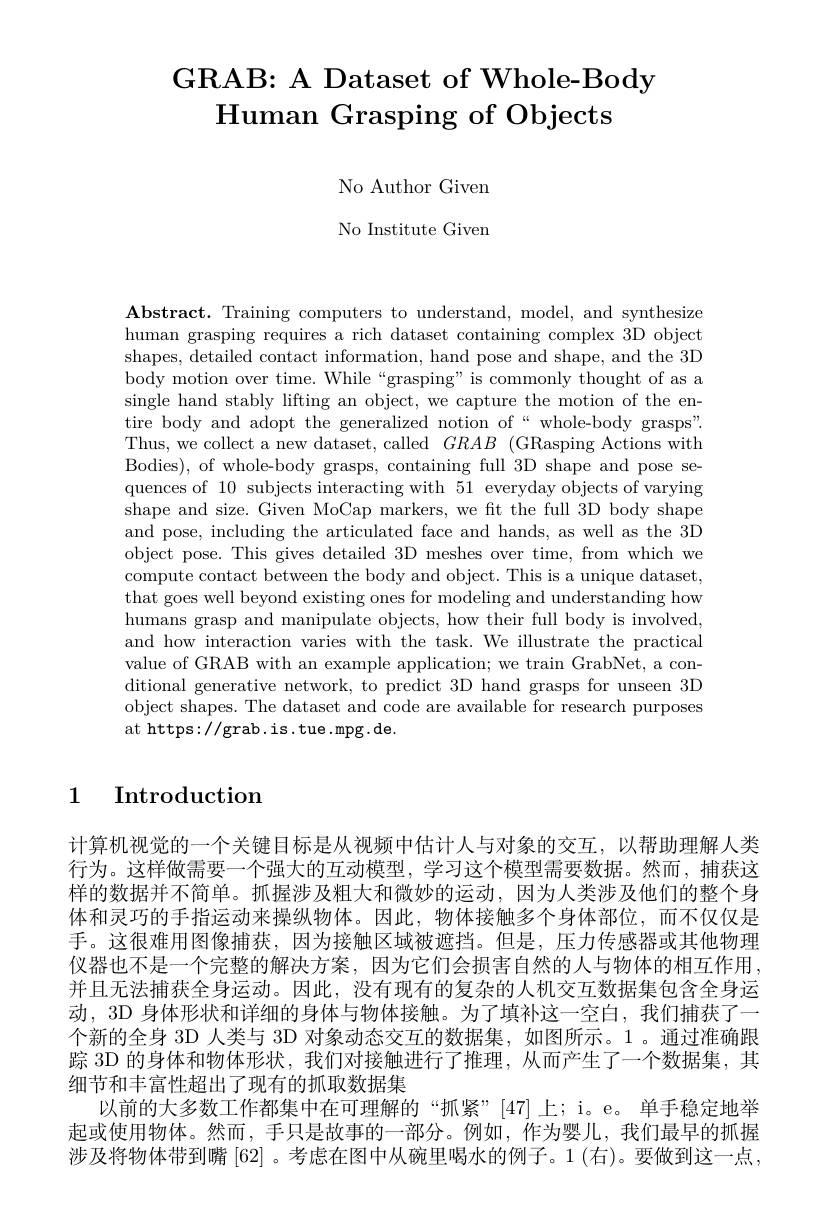
# GRAB: A Dataset of Whole-Body Human Grasping of Objects

No Author Given No Institute Given

$\mathbf{Abstract.~Training~computers~to~understand,~model,~and~synthesize}$ human grasping requires a rich dataset containing complex 3D object shapes, detailed contact information, hand pose and shape, and the 3D body motion over time. While“grasping” is commonly thought of as a single hand stably lifting an object, we capture the motion of the entire body and adopt the generalized notion of“whole-body grasps”. Thus, we collect a new dataset, called $GRAB$ (GRasping Actions with Bodies), of whole-body grasps, containing full 3D shape and pose sequences of 10 subjects interacting with 51 everyday objects of varying shape and size. Given MoCap markers, we ft the full 3D body shape and pose, including the articulated face and hands, as well as the 3D object pose. This gives detailed 3D meshes over time, from which we compute contact between the body and object. This is a unique dataset, that goes well beyond existing ones for modeling and understanding how humans grasp and manipulate objects, how their full body is involved, and how interaction varies with the task. We illustrate the practical value of GRAB with an example application; we train GrabNet, a conditional generative network, to predict 3D hand grasps for unseen 3D object shapes. The dataset and code are available for research purposes at https://grab.is.tue.mpg.de.

## 1 Introduction

计算机视觉的一个关键目标是从视频中估计人与对象的交互，以帮助理解人类行为。这样做需要一个强大的互动模型，学习这个模型需要数据。然而，捕获这样的数据并不简单。抓握涉及粗大和微妙的运动，因为人类涉及他们的整个身体和灵巧的手指运动来操纵物体。因此，物体接触多个身体部位，而不仅仅是手。这很难用图像捕获，因为接触区域被遮挡。但是，压力传感器或其他物理仪器也不是一个完整的解决方案，因为它们会损害自然的人与物体的相互作用。并且无法捕获全身运动。因此，没有现有的复杂的人机交互数据集包含全身运动，3D 身体形状和详细的身体与物体接触。为了填补这一空白，我们捕获了一个新的全身 3D 人类与 3D 对象动态交互的数据集，如图所示。1。通过准确跟踪 3D 的身体和物体形状，我们对接触进行了推理，从而产生了一个数据集，其细节和丰富性超出了现有的抓取数据集
以前的大多数工作都集中在可理解的“抓紧”[47]上；i。e。单手稳定地举起或使用物体。然而，手只是故事的一部分。例如，作为婴儿，我们最早的抓握涉及将物体带到嘴[62] 。考虑在图中从碗里喝水的例子。1(右)。要做到这一点